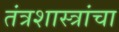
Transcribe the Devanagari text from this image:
तंत्रशास्त्रांचा